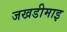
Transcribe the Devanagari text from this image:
जखडीमाइ